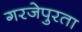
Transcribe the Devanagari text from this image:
गरजेपुरता